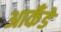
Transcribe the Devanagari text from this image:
आकँडे